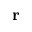
\textbf { r }